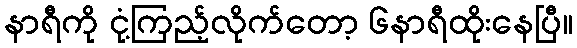
နာရီကို ငုံ့ကြည့်လိုက်တော့ ၆နာရီထိုးနေပြီ။